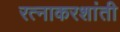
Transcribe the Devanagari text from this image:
रत्नाकरशांती